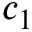
c _ { 1 }